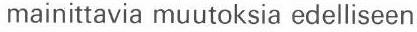
mainittavia muutoksia edelliseen